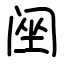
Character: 䦷